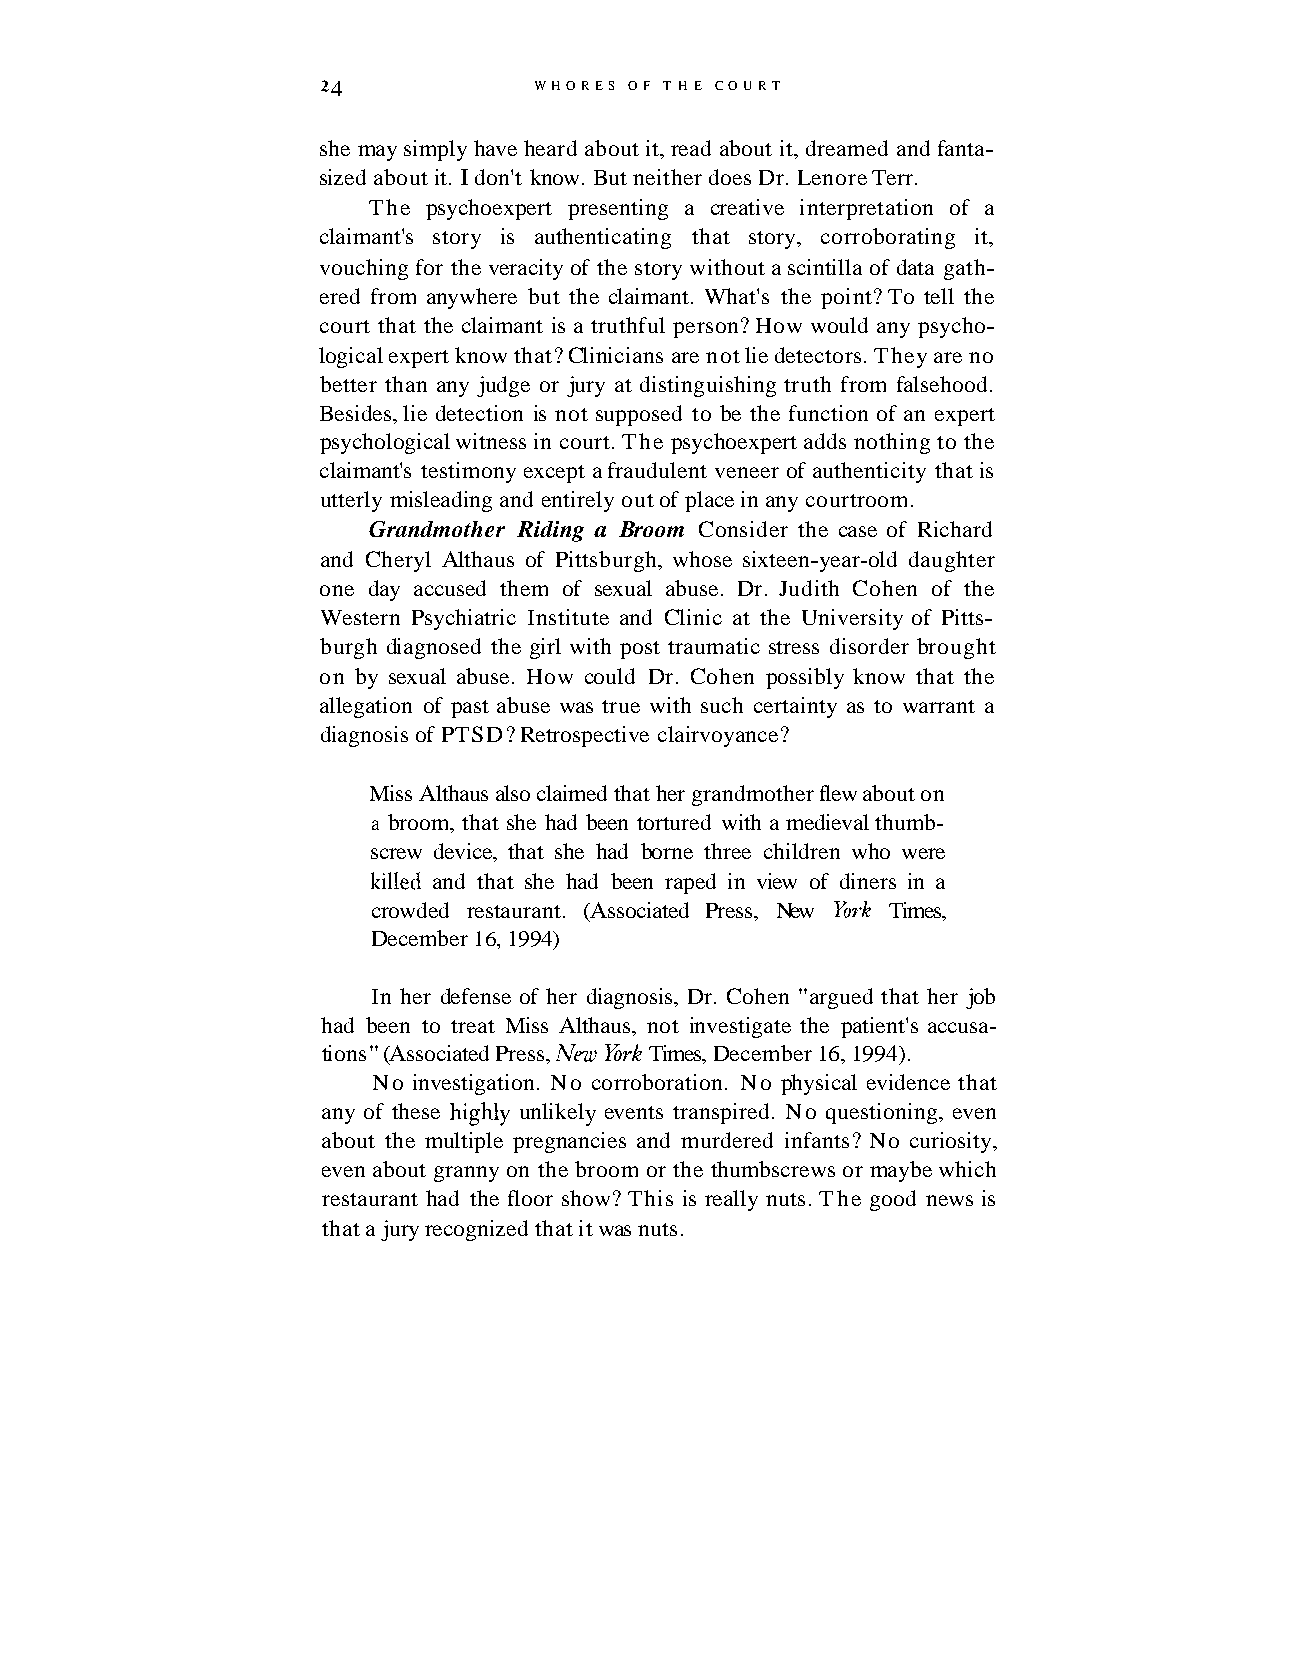
2 4           WHORES OF T H E COURT
 she may simply have heard about it, read about it, dreamed and fanta-
 sized about it. I don't know. But neither does Dr. Lenore Terr.
 The psychoexpert presenting a creative interpretation of a
 claimant's story is authenticating that story, corroborating it,
 vouching for the veracity of the story without a scintilla of data gath-
 ered from anywhere but the claimant. What's the point? To tell the
 court that the claimant is a truthful person? How would any psycho-
 logical expert know that? Clinicians are not lie detectors. They are no
 better than any judge or jury at distinguishing truth from falsehood.
 Besides, lie detection is not supposed to be the function of an expert
 psychological witness in court. The psychoexpert adds nothing to the
 claimant's testimony except a fraudulent veneer of authenticity that is
 utterly misleading and entirely out of place in any courtroom.
 Grandmother Riding a Broom Consider the case of Richard
 and Cheryl Althaus of Pittsburgh, whose sixteen-year-old daughter
 one day accused them of sexual abuse. Dr. Judith Cohen of the
 Western Psychiatric Institute and Clinic at the University of Pitts-
 burgh diagnosed the girl with post traumatic stress disorder brought
 on by sexual abuse. How could Dr. Cohen possibly know that the
 allegation of past abuse was true with such certainty as to warrant a
 diagnosis of PTSD? Retrospective clairvoyance?
 Miss Althaus also claimed that her grandmother flew about on
 a broom, that she had been tortured with a medieval thumb-
 screw device, that she had borne three children who were
 lulled and that she had been raped in view of diners in a
 crowded restaurant. (Associated Press, New York Times,
 December 16, 1994)
 In her defense of her diagnosis, Dr. Cohen "argued that her job
 had been to treat Miss Althaus, not investigate the patient's accusa-
 tions" (Associated Press, New York Times, December 16, 1994).
 No investigation. No corroboration. No physical evidence that
 any of these highly unlikely events transpired. No questioning, even
 about the multiple pregnancies and murdered infants? No curiosity,
 even about granny on the broom or the thumbscrews or maybe which
 restaurant had the floor show? This is really nuts. The good news is
 that a jury recognized that it was nuts.